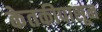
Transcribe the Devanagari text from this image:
केतकीपासून